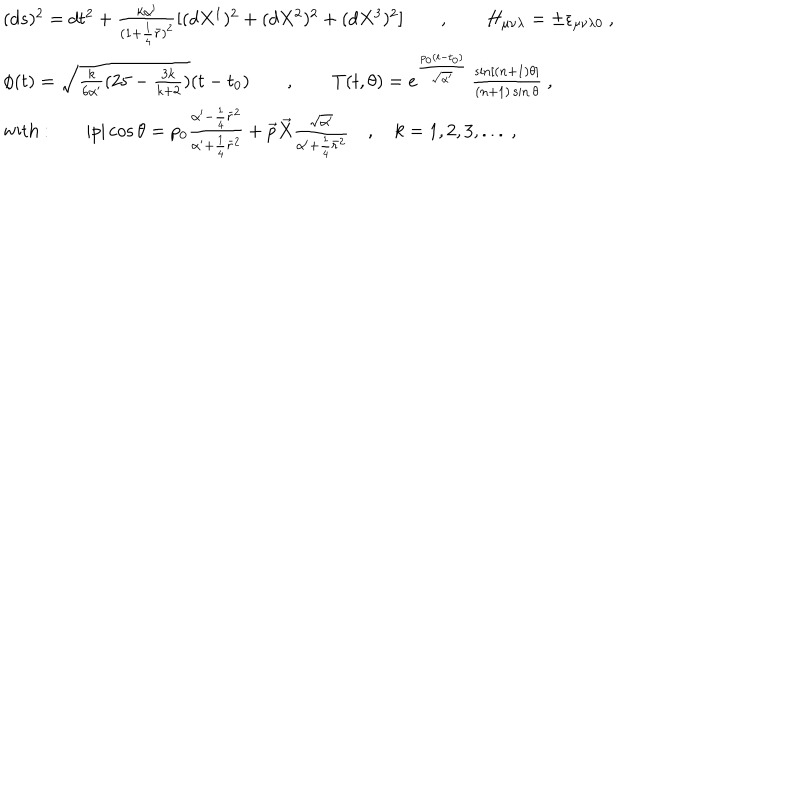
LaTeX: \begin{array} { l } { { ( d s ) ^ { 2 } = d t ^ { 2 } + \frac { k \alpha ^ { \prime } } { ( 1 + \frac { 1 } { 4 } \bar { r } ) ^ { 2 } } [ ( d X ^ { 1 } ) ^ { 2 } + ( d X ^ { 2 } ) ^ { 2 } + ( d X ^ { 3 } ) ^ { 2 } ] \qquad , \qquad H _ { \mu \nu \lambda } = \pm \epsilon _ { \mu \nu \lambda 0 } ~ , } } \\ { { \phi ( t ) = \sqrt { \frac { k } { 6 \alpha ^ { \prime } } ( 2 5 - \frac { 3 k } { k + 2 } ) } ( t - t _ { 0 } ) \qquad , \qquad T ( t , \theta ) = e ^ { \frac { p _ { 0 } ( t - t _ { 0 } ) } { \sqrt { \alpha ^ { \prime } } } } \, \frac { \sin [ ( n + 1 ) \theta ] } { ( n + 1 ) \sin \theta } ~ , } } \\ { { \mathrm { w i t h ~ : } \qquad | p | \cos \theta = p _ { 0 } \frac { \alpha ^ { \prime } - \frac { 1 } { 4 } \bar { r } ^ { 2 } } { \alpha ^ { \prime } + \frac { 1 } { 4 } \bar { r } ^ { 2 } } + \vec { p } \vec { X } \frac { \sqrt { \alpha ^ { \prime } } } { \alpha ^ { \prime } + \frac { 1 } { 4 } \bar { r } ^ { 2 } } \quad , \quad k = 1 , 2 , 3 , . . . ~ , } } \\ \end{array}